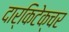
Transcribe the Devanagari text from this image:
दार्किटेक्चर